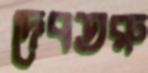
দেবতরু